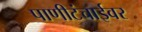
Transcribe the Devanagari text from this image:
पाणीटंचाईवर